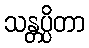
သန္တပ္ပိတာ